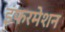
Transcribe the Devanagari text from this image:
इंफरमेशन